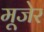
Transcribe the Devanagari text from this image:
मूजेर